Medical and sanitary report of the native army of Bengal for the year
Year: 1877
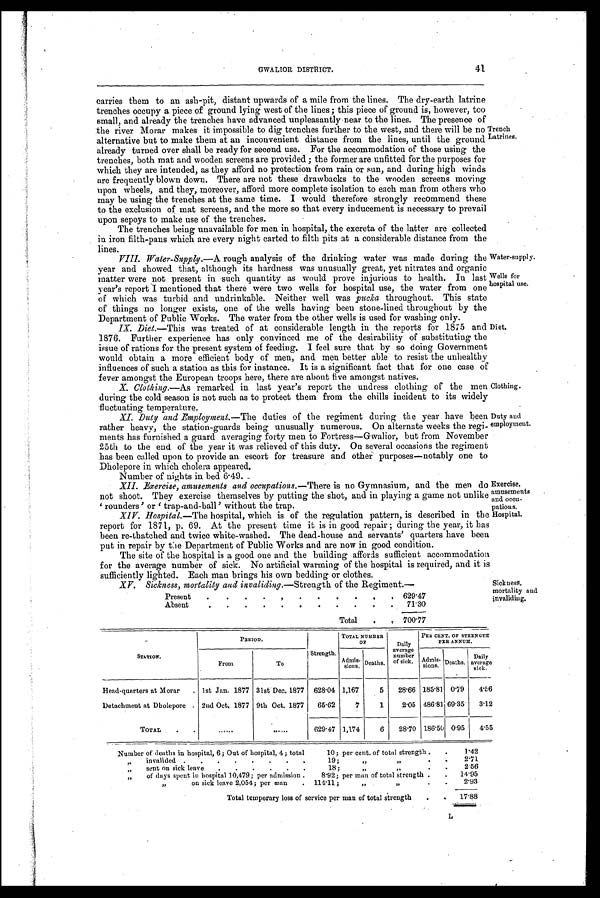
Trench
Latrines.
Water-supply
Wells for
hospital use.
Diet.
Clothing.
Duty and
employment.
Exercise,
amusements
and occu-
pations.
Hospital.
G W A L I O R D I S T R I C T .
41
Carries them to an ash-pit, distant upwards of a mile from the lines. The dry-earth latrine
trenches occupy a. piece of ground lying west of the lines; this piece of ground is, however, too
small, and already the trenches have advanced unpleasantly near to the lines. The presence of
the river Morar makes it impossible to dig trenches further to the west, and there will be no
alternative but to make them at an inconvenient distance from the lines, until the ground
already turned over shall be ready for second use. For the accommodation of those using the
trenches, both mat and wooden screens are provided; the former are unfitted for the purposes for
which they are intended, as they afford no protection from rain or sun, and during high winds
are frequently blown down. There are not these drawbacks to the wooden screens moving
upon wheels, and they, moreover, afford more complete isolation to each man from others who
may be using the trenches at the same time. I would therefore strongly recommend these
to the exclusion of mat screens, and the more so that every inducement is necessary to prevail
upon sepoys to make use of the trenches.
The trenches being unavailable for men in hospital, the excreta of the latter are collected
in iron filth-pans which are every night carted to filth pits at a considerable distance from the
lines.
VIII. Water-Supply .—A rough analysis of the drinking water was made during the
year and showed that, although its hardness was unusually great, yet nitrates and organic
matter were not present in such quantity as Would prove injurious to health. In last
year's report I mentioned that there were two wells for hospital use, the water from one
of which was turbid and undrinkable. Neither well was pucka throughout. This state
of things no longer exists, one of the wells having been stone-lined throughout by the
Department of Public Works. The water from the other wells is used for washing only.
IX. Diet.—This was treated of at considerable length in the reports for 1875 and
D i e t 1 8 7 6 . F u r t h e r e x p e r i e n c e h a s o n l y c o n v i n c e d m e o f t h e d e s i r a b i l i t y o f s u b s t i t u t i n g t h e
issue of rations for the present system of feeding. I feel sure that by so doing Government
would obtain a more efficient body of men, and men better able to resist the unhealthy
influences of such a station as this for instance. It is a significant fact that for one case of
fever amongst the European troops here, there are about five a
amongst natives.
X. Clothing.—As remarked in last year's report the undress clothing of the men
C l o t h i n g d u r i n g t h e c o l d s e a s o n i s n o t s u c h a s t o p r o t e c t t h e m f r o m t h e c h i l l s i n c i d e n t t o i t s w i d e l y
fluctuating temperature.
XI. Duty and Employment. —The duties of the regiment during the year have been
rather heavy, the station-guards being unusually numerous. On alternate weeks the regi-
ments has furnished a guard averaging forty men to Fortress—Gwalior, but from November
25th to the end of the year it was relieved of this duty. On several occasions the regiment
has been called upon to provide an escort for treasure and other purposes—notably one to
Dholepore in which cholera appeared.
Number of nights in bed 6.49.
XII. Exercise, amusements and occupations .—There is no Gymnasium, and the men do
not shoot. They exercise themselves by putting the shot, and in playing a game not unlike
'rounders' or 'trap-and-ball' without the trap.
XIV. Hospital. —The hospital, which is of the regulation pattern, is described in the
report for 1871, p. 69. At the present time it is in good repair; during the year, it has
been re-thatched and twice white-washed. The dead-house and servants' quarters have been
put in repair by the Department of Public Works and are now in good condition.
The site of the hospital is a good one and the building affords sufficient accommodation
for the average number of sick. No artificial warming of the hospital is required, and it is
sufficiently lighted. Each man brings his own bedding or clothes.
XV. Sickness, mortality and invaliding—Strength of the Regiment—
Present
.
.
.
.
. .
.
. .
.
. 629.47
Absent
.
.
.
.
.
.
.
.
.
.
.
71.30
Total
.
. 700.77
Sickness,
mortality and
invaliding.
STATION.
PERIOD.
Strength.
TOTAL NUMBER
OF
Daily
average n u m b e r
of sick.
PER CENT. OF STRENGTH
PER ANNUM.
A d m i
s s i o n s .
D e a t h s .
Admiss
ions. Deaths.
Daily a v e r a g e d
sick.
From
To
Head-quarters at Morar
. 1st Jan. 1877 31st Dec. 1877 628.04 1,167
5
28.66 185.81
0 . 7 9
4.56
Detachment at Dholepore
2nd Oct. 1877 9th Oct. 1877 65.62
7
1
2.05 486.81 69.35
3.12
TOTAL
.
.
......
......
629.47 1,174
6
28.70 186.50 0.95
4.55
Number of deaths in hospital, 6; Out of hospital, 4; total
10; per cent. of total strength .
.
1 . 4 2
„
invalided .
.
.
.
.
.
.
.
19;
" "
.
.
2.71
„
sent on sick leave
.
.
.
.
.
.
18;
"
.
.
2.56
„
of days spent in hospital 10,479; per admission . 8.92; per man of total strength .
. 14.95
" on sick leave 2,054; per man
. 114.11 ;
"
" .
.
2.93
Total temporary loss of service per man of total strength
.
.
1 7 . 8 8